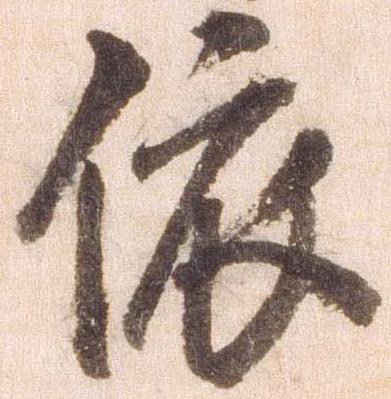
依